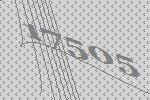
17505